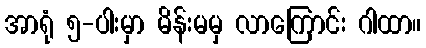
အာရုံ ၅-ပါးမှာ မိန်းမမှ လာကြောင်း ဂါထာ။